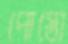
পোস্তো